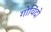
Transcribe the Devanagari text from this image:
गोविंदो